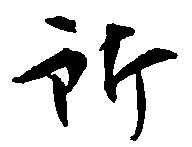
所